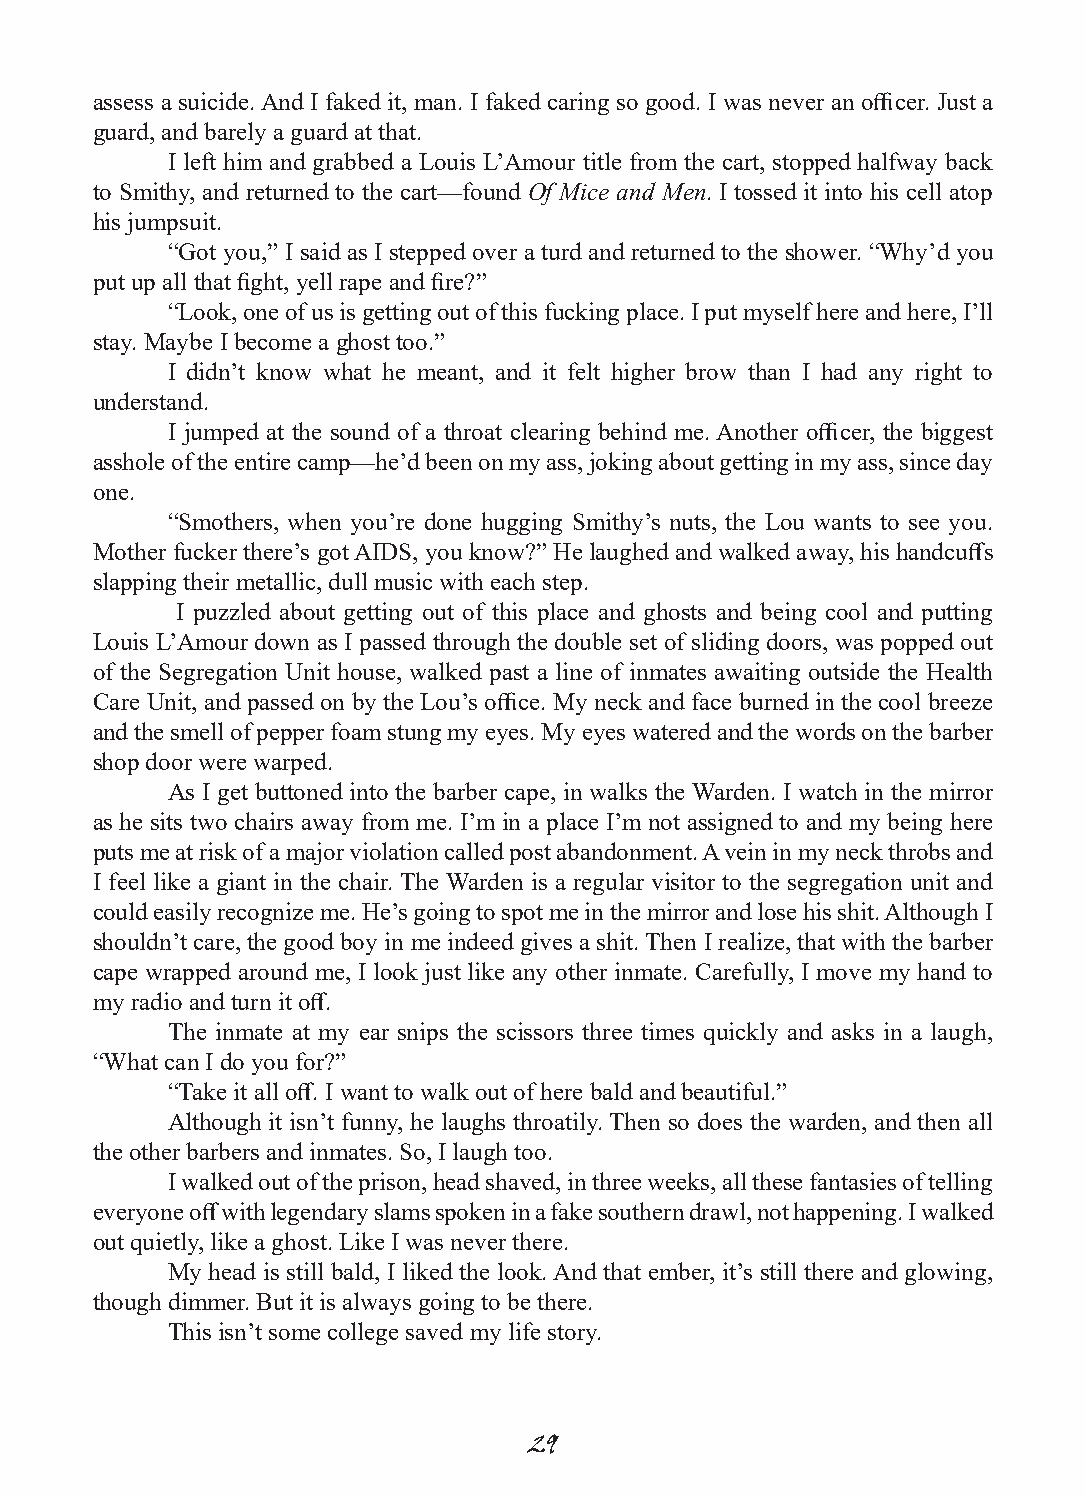
assess a suicide. And I faked it, man. I faked caring so good. I was never an officer. Just a
 guard, and barely a guard at that.
 I left him and grabbed a Louis L’Amour title from the cart, stopped halfway back
 to Smithy, and returned to the cart—found Of Mice and Men. I tossed it into his cell atop
 his jumpsuit.
 “Got you,” I said as I stepped over a turd and returned to the shower. “Why’d you
 put up all that fight, yell rape and fire?”
 “Look, one of us is getting out of this fucking place. I put myself here and here, I’ll
 stay. Maybe I become a ghost too.”
 I didn’t know what he meant, and it felt higher brow than I had any right to
 understand.
 I jumped at the sound of a throat clearing behind me. Another officer, the biggest
 asshole of the entire camp—he’d been on my ass, joking about getting in my ass, since day
 one.
 “Smothers, when you’re done hugging Smithy’s nuts, the Lou wants to see you.
 Mother fucker there’s got AIDS, you know?” He laughed and walked away, his handcuffs
 slapping their metallic, dull music with each step.
 I puzzled about getting out of this place and ghosts and being cool and putting
 Louis L’Amour down as I passed through the double set of sliding doors, was popped out
 of the Segregation Unit house, walked past a line of inmates awaiting outside the Health
 Care Unit, and passed on by the Lou’s office. My neck and face burned in the cool breeze
 and the smell of pepper foam stung my eyes. My eyes watered and the words on the barber
 shop door were warped.
 As I get buttoned into the barber cape, in walks the Warden. I watch in the mirror
 as he sits two chairs away from me. I’m in a place I’m not assigned to and my being here
 puts me at risk of a major violation called post abandonment. A vein in my neck throbs and
 I feel like a giant in the chair. The Warden is a regular visitor to the segregation unit and
 could easily recognize me. He’s going to spot me in the mirror and lose his shit. Although I
 shouldn’t care, the good boy in me indeed gives a shit. Then I realize, that with the barber
 cape wrapped around me, I look just like any other inmate. Carefully, I move my hand to
 my radio and turn it off.
 The inmate at my ear snips the scissors three times quickly and asks in a laugh,
 “What can I do you for?”
 “Take it all off. I want to walk out of here bald and beautiful.”
 Although it isn’t funny, he laughs throatily. Then so does the warden, and then all
 the other barbers and inmates. So, I laugh too.
 I walked out of the prison, head shaved, in three weeks, all these fantasies of telling
 everyone off with legendary slams spoken in a fake southern drawl, not happening. I walked
 out quietly, like a ghost. Like I was never there.
 My head is still bald, I liked the look. And that ember, it’s still there and glowing,
 though dimmer. But it is always going to be there.
 This isn’t some college saved my life story.
 29